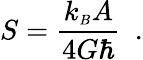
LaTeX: S={\frac{k_{\scriptscriptstyle B}A}{4G\hbar}}\ \ .